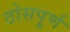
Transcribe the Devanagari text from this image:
ठोसपूर्ण